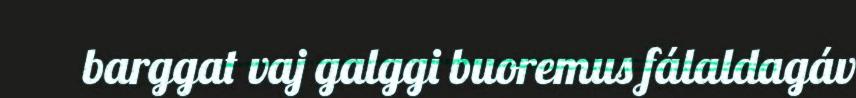
barggat vaj galggi buoremus fálaldagáv